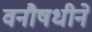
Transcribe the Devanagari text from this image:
वनौषधीने